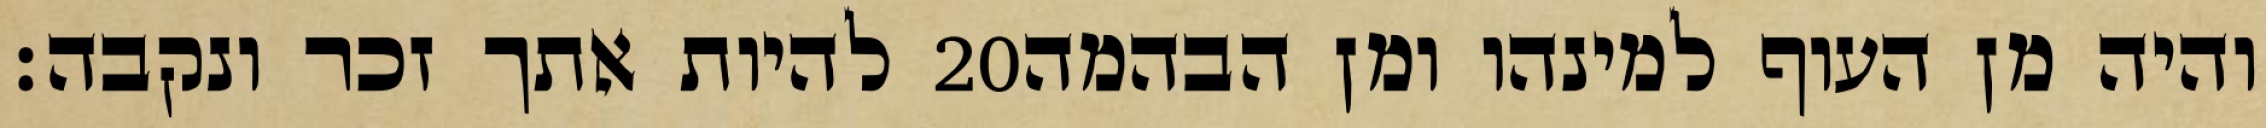
להיות אתך זכר ונקבה׃ ‎20‏ והיה מן העוף למינהו ומן הבהמה